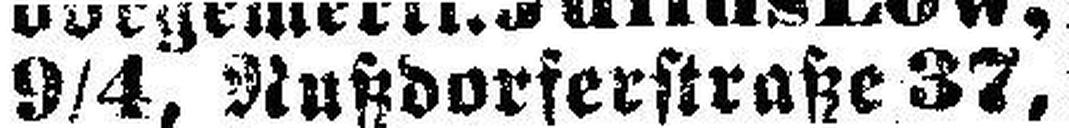
9/4, Nutzdorferstraße 37,